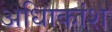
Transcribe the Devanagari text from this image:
अधिाकांश